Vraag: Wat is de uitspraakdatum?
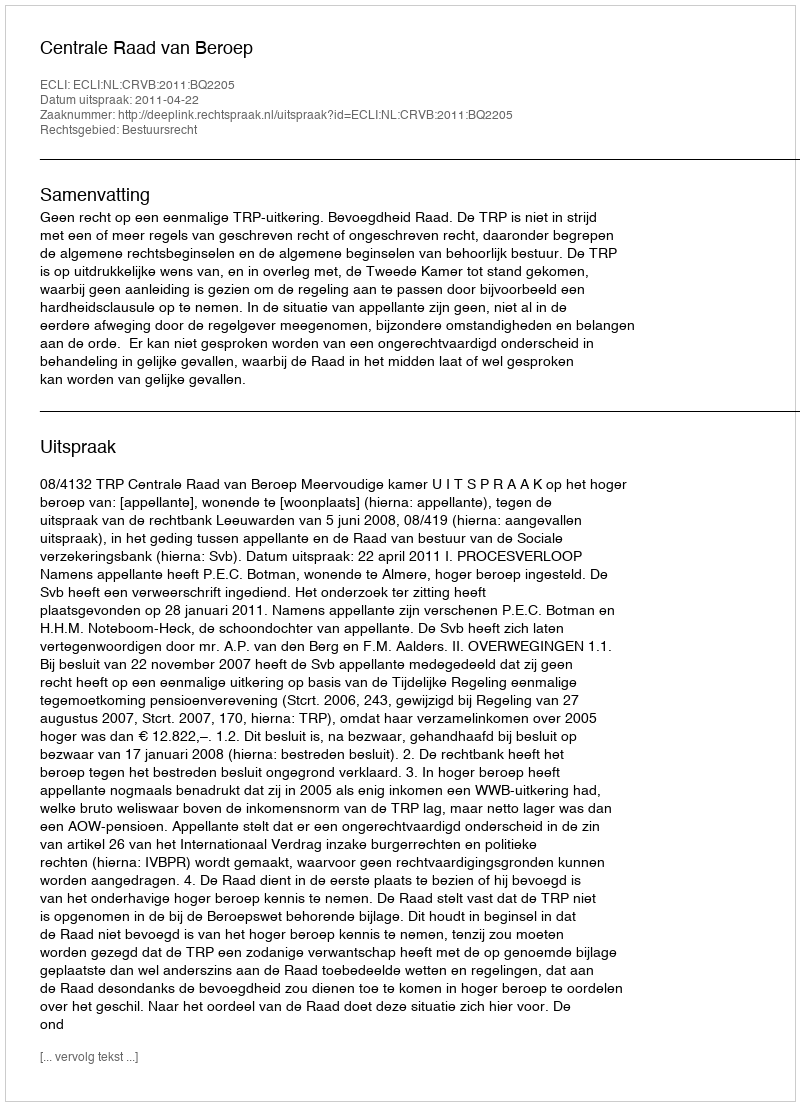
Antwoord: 2011-04-22